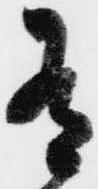
有